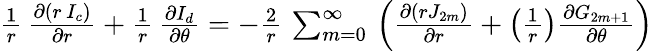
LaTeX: \begin{array}{r}{{\frac{1}{r}}\, {\frac{\partial(r\, I_{c})}{\partial r}}+{\frac{1}{r}}\, {\frac{\partial I_{d}}{\partial\theta}}=-{\frac{2}{r}}\, \sum_{m=0}^{\infty}\, \left({\frac{\partial\left(rJ_{2m}\right)}{\partial r}}+\left({\frac{1}{r}}\right){\frac{\partial G_{2m+1}}{\partial\theta}}\right)}\end{array}